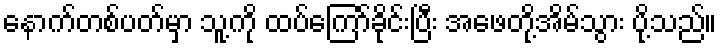
နောက်တစ်ပတ်မှာ သူ့ကို ထပ်ကြော်ခိုင်းပြီး အဖေတို့အိမ်သွား ပို့သည်။